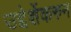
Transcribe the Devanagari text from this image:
उद्देशेंकरुन